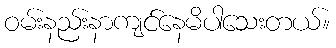
ဝမ်းနည်းနာကျင်နေမိပါသေးတယ်။